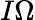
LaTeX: I\Omega